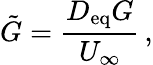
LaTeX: \tilde{G}=\frac{D_{\textup{eq}}G}{U_{\infty}}\, ,